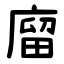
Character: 廇